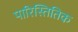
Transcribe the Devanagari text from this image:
पारिस्तितिक